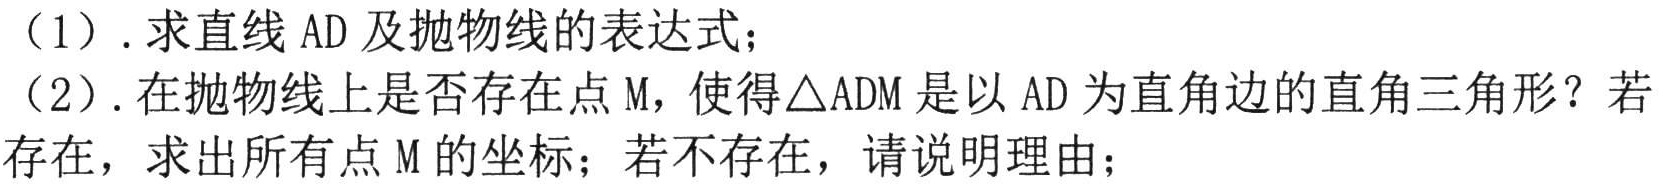
第八节：一线三等角（三垂直模型）